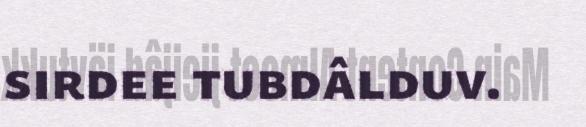
sirdee tubdâlduv.